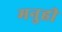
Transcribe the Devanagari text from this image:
मनुही